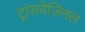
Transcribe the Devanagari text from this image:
ट्रांसवेजिनल